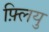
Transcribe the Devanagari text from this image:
फ़्लियु